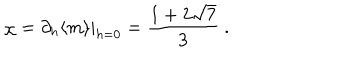
\chi = \partial _ { h } \langle m \rangle | _ { h = 0 } = \frac { 1 + 2 \sqrt { 7 } } { 3 } \ .